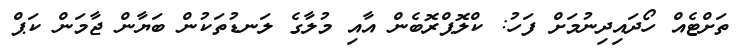
ތަށްޓެއް ހޯދައިދިނުމަށް ފަހު: ކްލޮޕްރޮބެން އާއި މުލާގެ ލަނޑުތަކުން ބަޔާން ޖާމަން ކަޕް